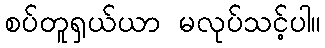
စပ်တူရှယ်ယာ မလုပ်သင့်ပါ။